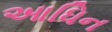
આધિન